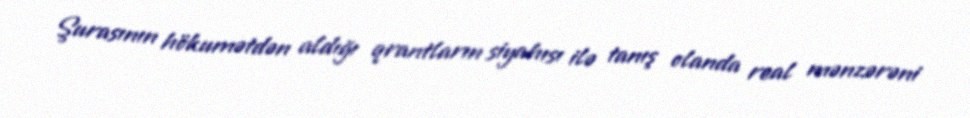
Şurasının hökumətdən aldığı qrantların siyahısı ilə tanış olanda real mənzərəni